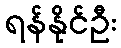
ရန်နိုင်ဦး